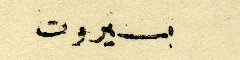
بيروت